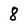
Character: 8